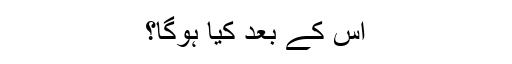
اس کے بعد کیا ہوگا؟